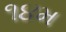
૧૪મ